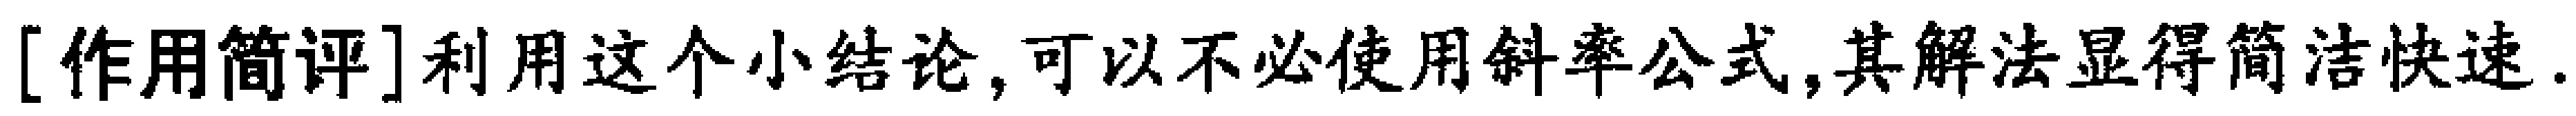
[作用简评]利用这个小结论,可以不必使用斜率公式,其解法显得简洁快速.